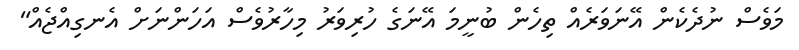
މަވެސް ނުދެކެން އޭނަވަރެއް ތިހެން ބުނީމަ އޭނަގެ ހުރިވަރު މިހާރުވެސް އަހަންނަށް އެނގިއްޖެއް"